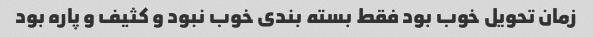
زمان تحویل خوب بود فقط بسته بندی خوب نبود و کثیف و پاره بود